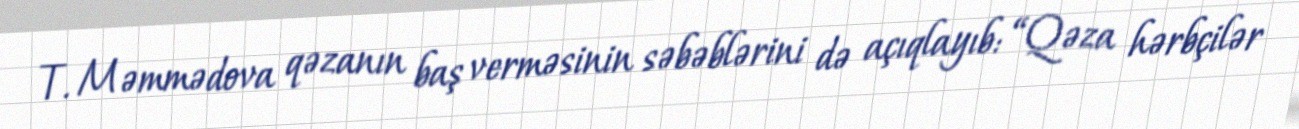
T. Məmmədova qəzanın baş verməsinin səbəblərini də açıqlayıb: “Qəza hərbçilər